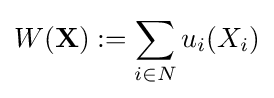
W(\mathbf {X} ):=\sum _{i\in N}u_{i}(X_{i})